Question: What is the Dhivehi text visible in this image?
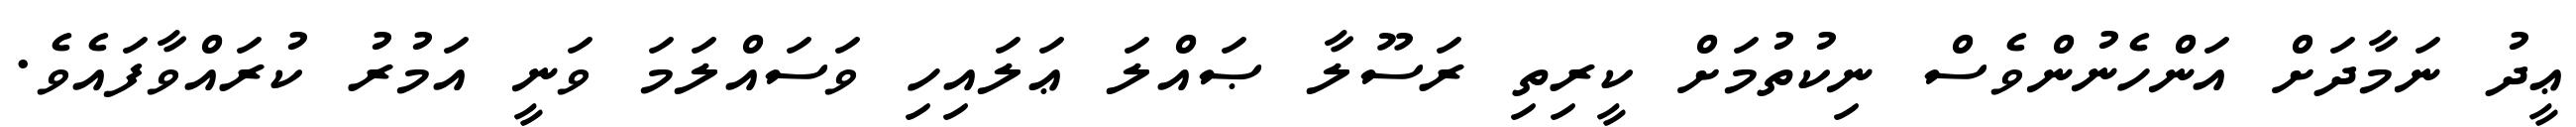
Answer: ޢީދު ނަމާދަށް އަންހެނުންވެސް ނިކުތުމަށް ކީރިތި ރަސޫލާ ޞައްލަ ޢަލައިހި ވަސައްލަމަ ވަނީ އަމުރު ކުރައްވާފައެވެ.